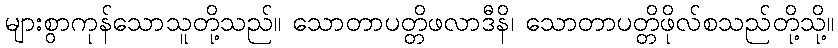
များစွာကုန်သောသူတို့သည်။ သောတာပတ္တိဖလာဒီနိ၊ သောတာပတ္တိဖိုလ်စသည်တို့သို့။